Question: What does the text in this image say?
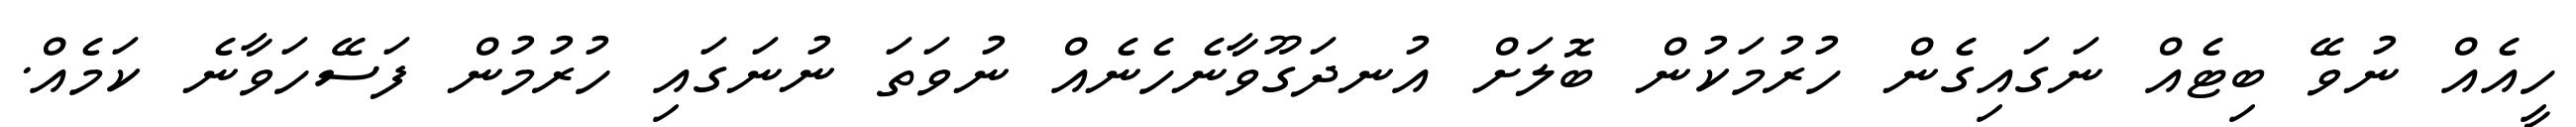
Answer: ހީއެއް ނުވޭ ބިޓެއް ނަގައިގެން ހުރުމަކުން ބޮލަށް އުނދަގޫވާނެހެނެއް ނުވަތަ ނުނަގައި ހުރުމުން ފަސޭހަވާނެ ކަމެއް.